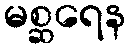
မစ္ဆရေန